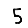
Digit: 5